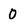
Character: 0